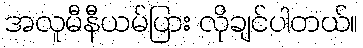
အလူမီနီယမ်ပြား လိုချင်ပါတယ်။